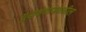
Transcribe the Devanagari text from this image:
युद्धक्षेत्राजवळील